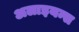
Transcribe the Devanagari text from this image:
अलाइयन्स